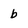
Character: b